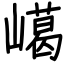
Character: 嶱